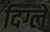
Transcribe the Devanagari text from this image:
दिग्ले